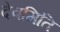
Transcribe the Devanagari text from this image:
देवमिति